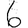
Digit: 6